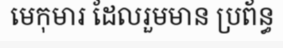
មេកុមារ ដែលរួមមាន ប្រព័ន្ធ